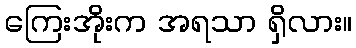
ကြေးအိုးက အရသာ ရှိလား။